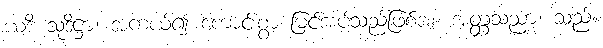
ယဒိ သုဒိဋ္ဌာ၊ အကယ်၍ ကောင်းစွာ မြင်အပ်သည်ဖြစ်အံ့။ အတ္တသညာ၊ သည်။